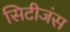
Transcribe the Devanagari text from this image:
सिटीजंस